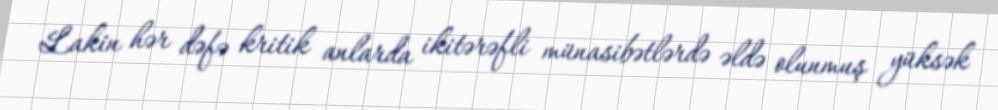
Lakin hər dəfə kritik anlarda ikitərəfli münasibətlərdə əldə olunmuş yüksək